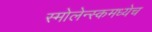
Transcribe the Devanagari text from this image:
स्मोलेन्स्कमध्येच